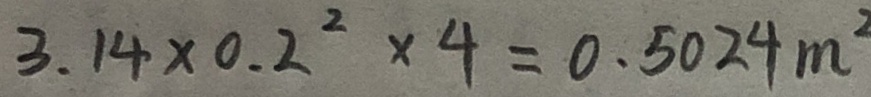
3 . 1 4 \times 0 . 2 ^ { 2 } \times 4 = 0 . 5 0 2 4 m ^ { 2 }